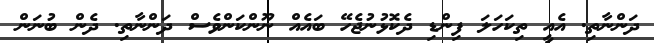
ދަންނާތި. އެއީ ތިކަހަލަ ފިންޑި ދެކޮޅުނުޖެހޭ ބައެއް ނޫންކަންވެސް ދަންނާތި. ދެން ބުނަން